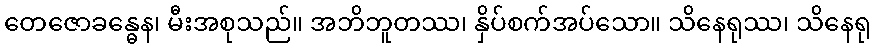
တေဇောခန္ဓေန၊ မီးအစုသည်။ အဘိဘူတဿ၊ နှိပ်စက်အပ်သော။ သိနေရုဿ၊ သိနေရု